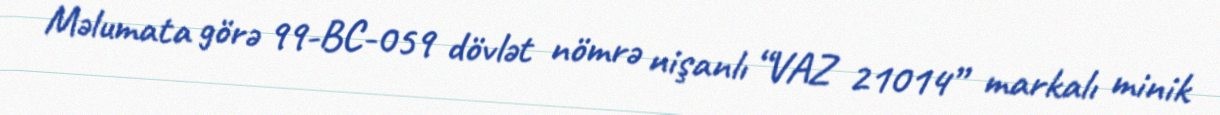
Məlumata görə 99-BC-059 dövlət nömrə nişanlı “VAZ 21014” markalı minik